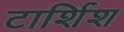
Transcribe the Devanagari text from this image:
टार्शिश